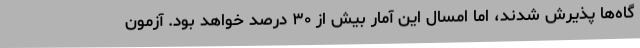
گاه‌ها پذیرش شدند، اما امسال این آمار بیش از ۳۰ درصد خواهد بود. آزمون